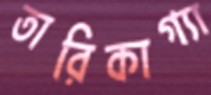
তারিকাগ্যা